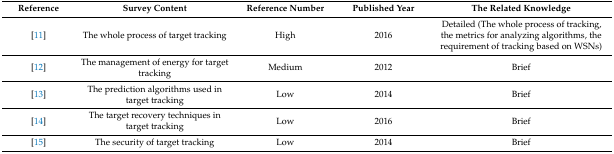
| Reference | Survey Content | Reference Number | Published Year | The Related Knowledge |
 | --- | --- | --- | --- | --- |
 | [11] | The whole process of target tracking | High | 2016 | Detailed (The whole process of tracking, the metrics for analyzing algorithms, the requirement of tracking based on WSNs) |
 | [12] | The management of energy for target tracking | Medium | 2012 | Brief |
 | [13] | The prediction algorithms used in target tracking | Low | 2014 | Brief |
 | [14] | The target recovery techniques in target tracking | Low | 2016 | Brief |
 | [15] | The security of target tracking | Low | 2014 | Brief |